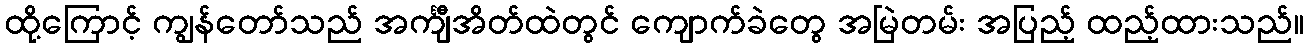
ထို့ကြောင့် ကျွန်တော်သည် အင်္ကျီအိတ်ထဲတွင် ကျောက်ခဲတွေ အမြဲတမ်း အပြည့် ထည့်ထားသည်။